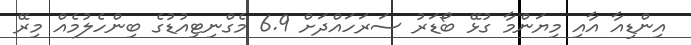
އިންޑިއާ އާއި މިޔަންމާ ގުޅޭ ބޯޑަރު ސަރަހައްދަށް 6.9 މެގްނިޓިއުޑުގެ ބިންހެލުމެއް މިރޭ